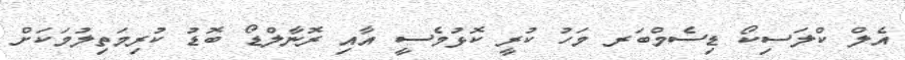
އެލް ކްލަސިކޯ ޑިސެމްބަރ މަހު ކުރީ ކޮޅުމެސީ އާއި ރޮނާލްޑޯ ބޮޑު ކުރިމަތިލުމަކަށް